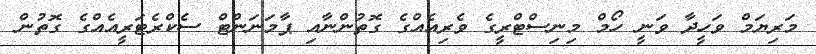
މަރިޔަމްް ވަހީދާ ވަނީ ހޯމް މިނިސްޓްރީގެ ވެރިއެއްގެ ގޮތުންނާއި ޕާމަނަންޓް ސެކްރެޓަރީއެއްގެ ގޮތުން